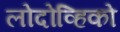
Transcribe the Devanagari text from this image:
लोदोव्हिको